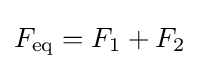
F_{\mathrm {eq} }=F_{1}+F_{2}